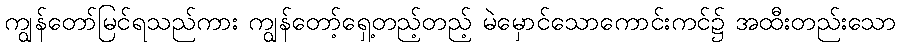
ကျွန်တော်မြင်ရသည်ကား ကျွန်တော့်ရှေ့တည့်တည့် မဲမှောင်သောကောင်းကင်၌ အထီးတည်းသော